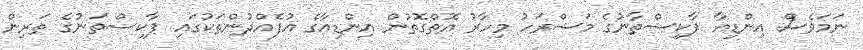
ނަމަވެސް އިންޑިއާ ޕާކިސްތާނުގެ މަޝްރަހު މިހާރު އޮތްގޮތުން އިންޑިއާގެ އުފެއްދުންތަކުގައި ޕާކިސްތަނުގެ ތަރިން